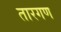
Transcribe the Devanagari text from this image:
तारगण